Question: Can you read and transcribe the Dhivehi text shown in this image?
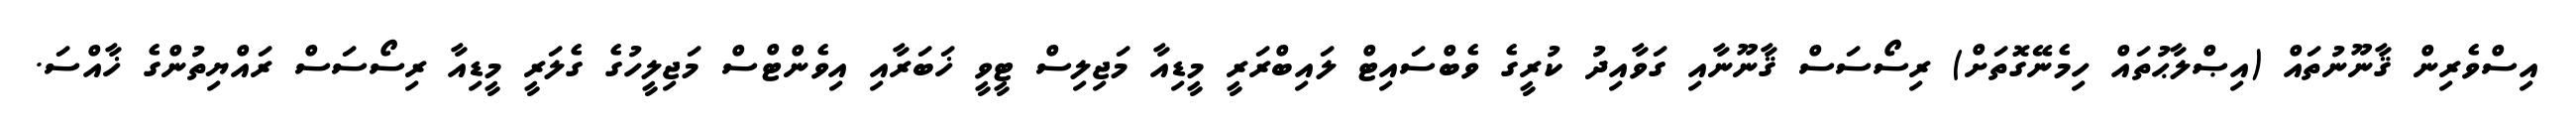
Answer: އިސްވެރިން ޤާނޫނުތައް (އިޞްލާޙުތައް ހިމެނޭގޮތަށް) ރިސޯސަސް ޤާނޫނާއި ގަވާއިދު ކުރީގެ ވެބްސައިޓް ލައިބްރަރީ މީޑިއާ މަޖިލިސް ޓީވީ ޚަބަރާއި އިވެންޓްސް މަޖިލީހުގެ ގެލަރީ މީޑިއާ ރިސޯސަސް ރައްޔިތުންގެ ޚާއްސަ.